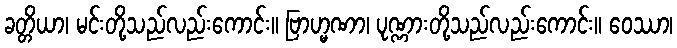
ခတ္တိယာ၊ မင်းတို့သည်လည်းကောင်း။ ဗြာဟ္မဏာ၊ ပုဏ္ဏားတို့သည်လည်းကောင်း။ ဝေဿာ၊